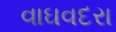
વાઘવદરા